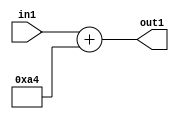
`timescale 1ps / 1ps
/*****************************************************************************
    Verilog RTL Description
    
    
    Created by: Stratus DpOpt 2019.1.01 
*******************************************************************************/

module DC_Filter_Add_12U_279_1 (
	in1,
	out1
	); /* architecture "behavioural" */ 
input [11:0] in1;
output [11:0] out1;
wire [11:0] asc001;

assign asc001 = 
	+(in1)
	+(12'B000010100100);

assign out1 = asc001;
endmodule

/* CADENCE  urnwQg8= : u9/ySgnWtBlWxVPRXgAZ4Og= ** DO NOT EDIT THIS LINE ******/